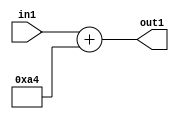
`timescale 1ps / 1ps
/*****************************************************************************
    Verilog RTL Description
    
    
    Created by: Stratus DpOpt 2019.1.01 
*******************************************************************************/

module DC_Filter_Add_12U_279_1 (
	in1,
	out1
	); /* architecture "behavioural" */ 
input [11:0] in1;
output [11:0] out1;
wire [11:0] asc001;

assign asc001 = 
	+(in1)
	+(12'B000010100100);

assign out1 = asc001;
endmodule

/* CADENCE  urnwQg8= : u9/ySgnWtBlWxVPRXgAZ4Og= ** DO NOT EDIT THIS LINE ******/